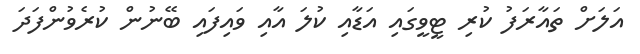
އަލަށް ތައާރަފު ކުރި ޓީވީގައި އަޑާއި ކުލަ އާއި ވައިފައި ބޭނުން ކުރެވުންފަދަ